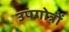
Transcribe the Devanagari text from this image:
उपगोत्रों